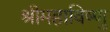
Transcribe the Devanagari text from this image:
श्रीमहाविष्णु